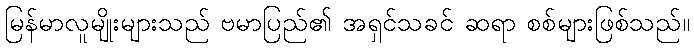
မြန်မာလူမျိုးများသည် ဗမာပြည်၏ အရှင်သခင် ဆရာ စစ်များဖြစ်သည်။